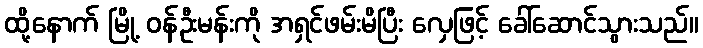
ထို့နောက် မြို့ ဝန်ဦးမန်းကို အရှင်ဖမ်းမိပြီး လှေဖြင့် ခေါ်ဆောင်သွားသည်။